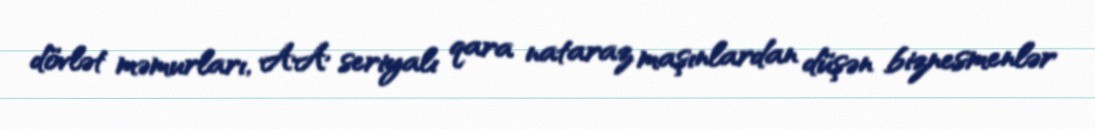
dövlət məmurları, AA seriyalı qara nataraz maşınlardan düşən biznesmenlər